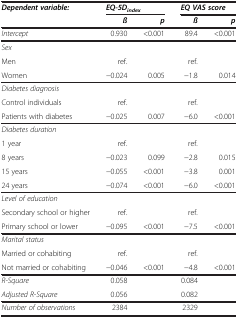
| Dependent variable: | <COLSPAN=2> EQ-5Dindex | <COLSPAN=2> EQ VAS score |
 |  | ß | p | ß | p |
 | --- | --- | --- | --- | --- |
 | Intercept | 0.930 | <0.001 | 89.4 | <0.001 |
 | Sex |  |  |  |  |
 | Men | ref. |  | ref. |  |
 | Women | −0.024 | 0.005 | −1.8 | 0.014 |
 | Diabetes diagnosis |  |  |  |  |
 | Control individuals | ref. |  | ref. |  |
 | Patients with diabetes | −0.025 | 0.007 | −6.0 | <0.001 |
 | Diabetes duration |  |  |  |  |
 | 1 year | ref. |  | ref. |  |
 | 8 years | −0.023 | 0.099 | −2.8 | 0.015 |
 | 15 years | −0.055 | <0.001 | −3.8 | 0.001 |
 | 24 years | −0.074 | <0.001 | −6.0 | <0.001 |
 | Level of education |  |  |  |  |
 | Secondary school or higher | ref. |  | ref. |  |
 | Primary school or lower | −0.095 | <0.001 | −7.5 | <0.001 |
 | Marital status |  |  |  |  |
 | Married or cohabiting | ref. |  | ref. |  |
 | Not married or cohabiting | −0.046 | <0.001 | −4.8 | <0.001 |
 | R-Square | 0.058 |  | 0.084 |  |
 | Adjusted R-Square | 0.056 |  | 0.082 |  |
 | Number of observations | 2384 |  | 2329 |  |